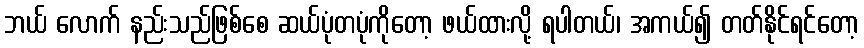
ဘယ် လောက် နည်းသည်ဖြစ်စေ ဆယ်ပုံတပုံကိုတော့ ဖယ်ထားလို့ ရပါတယ်၊ အကယ်၍ တတ်နိုင်ရင်တော့